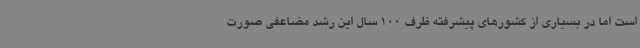
است اما در بسیاری از کشورهای پیشرفته ظرف 100 سال این رشد مضاعفی صورت